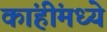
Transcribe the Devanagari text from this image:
कांहींमध्ये